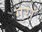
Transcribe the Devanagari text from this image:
गुरां